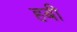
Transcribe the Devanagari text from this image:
हबी